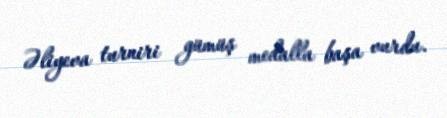
Əliyeva turniri gümüş medalla başa vurdu.